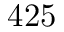
4 2 5